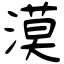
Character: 漠